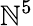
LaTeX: \mathbb{N}^{5}